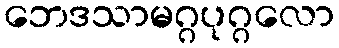
ဘေဒသာမဂ္ဂပုဂ္ဂလော